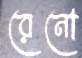
রেনো